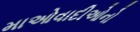
માઓવાદીઓનો